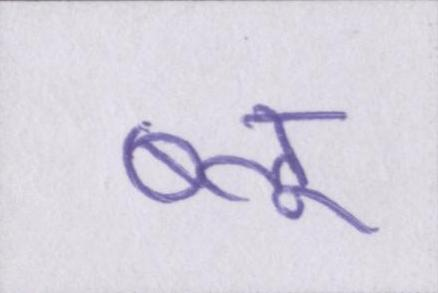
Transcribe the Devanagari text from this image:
ब्लू